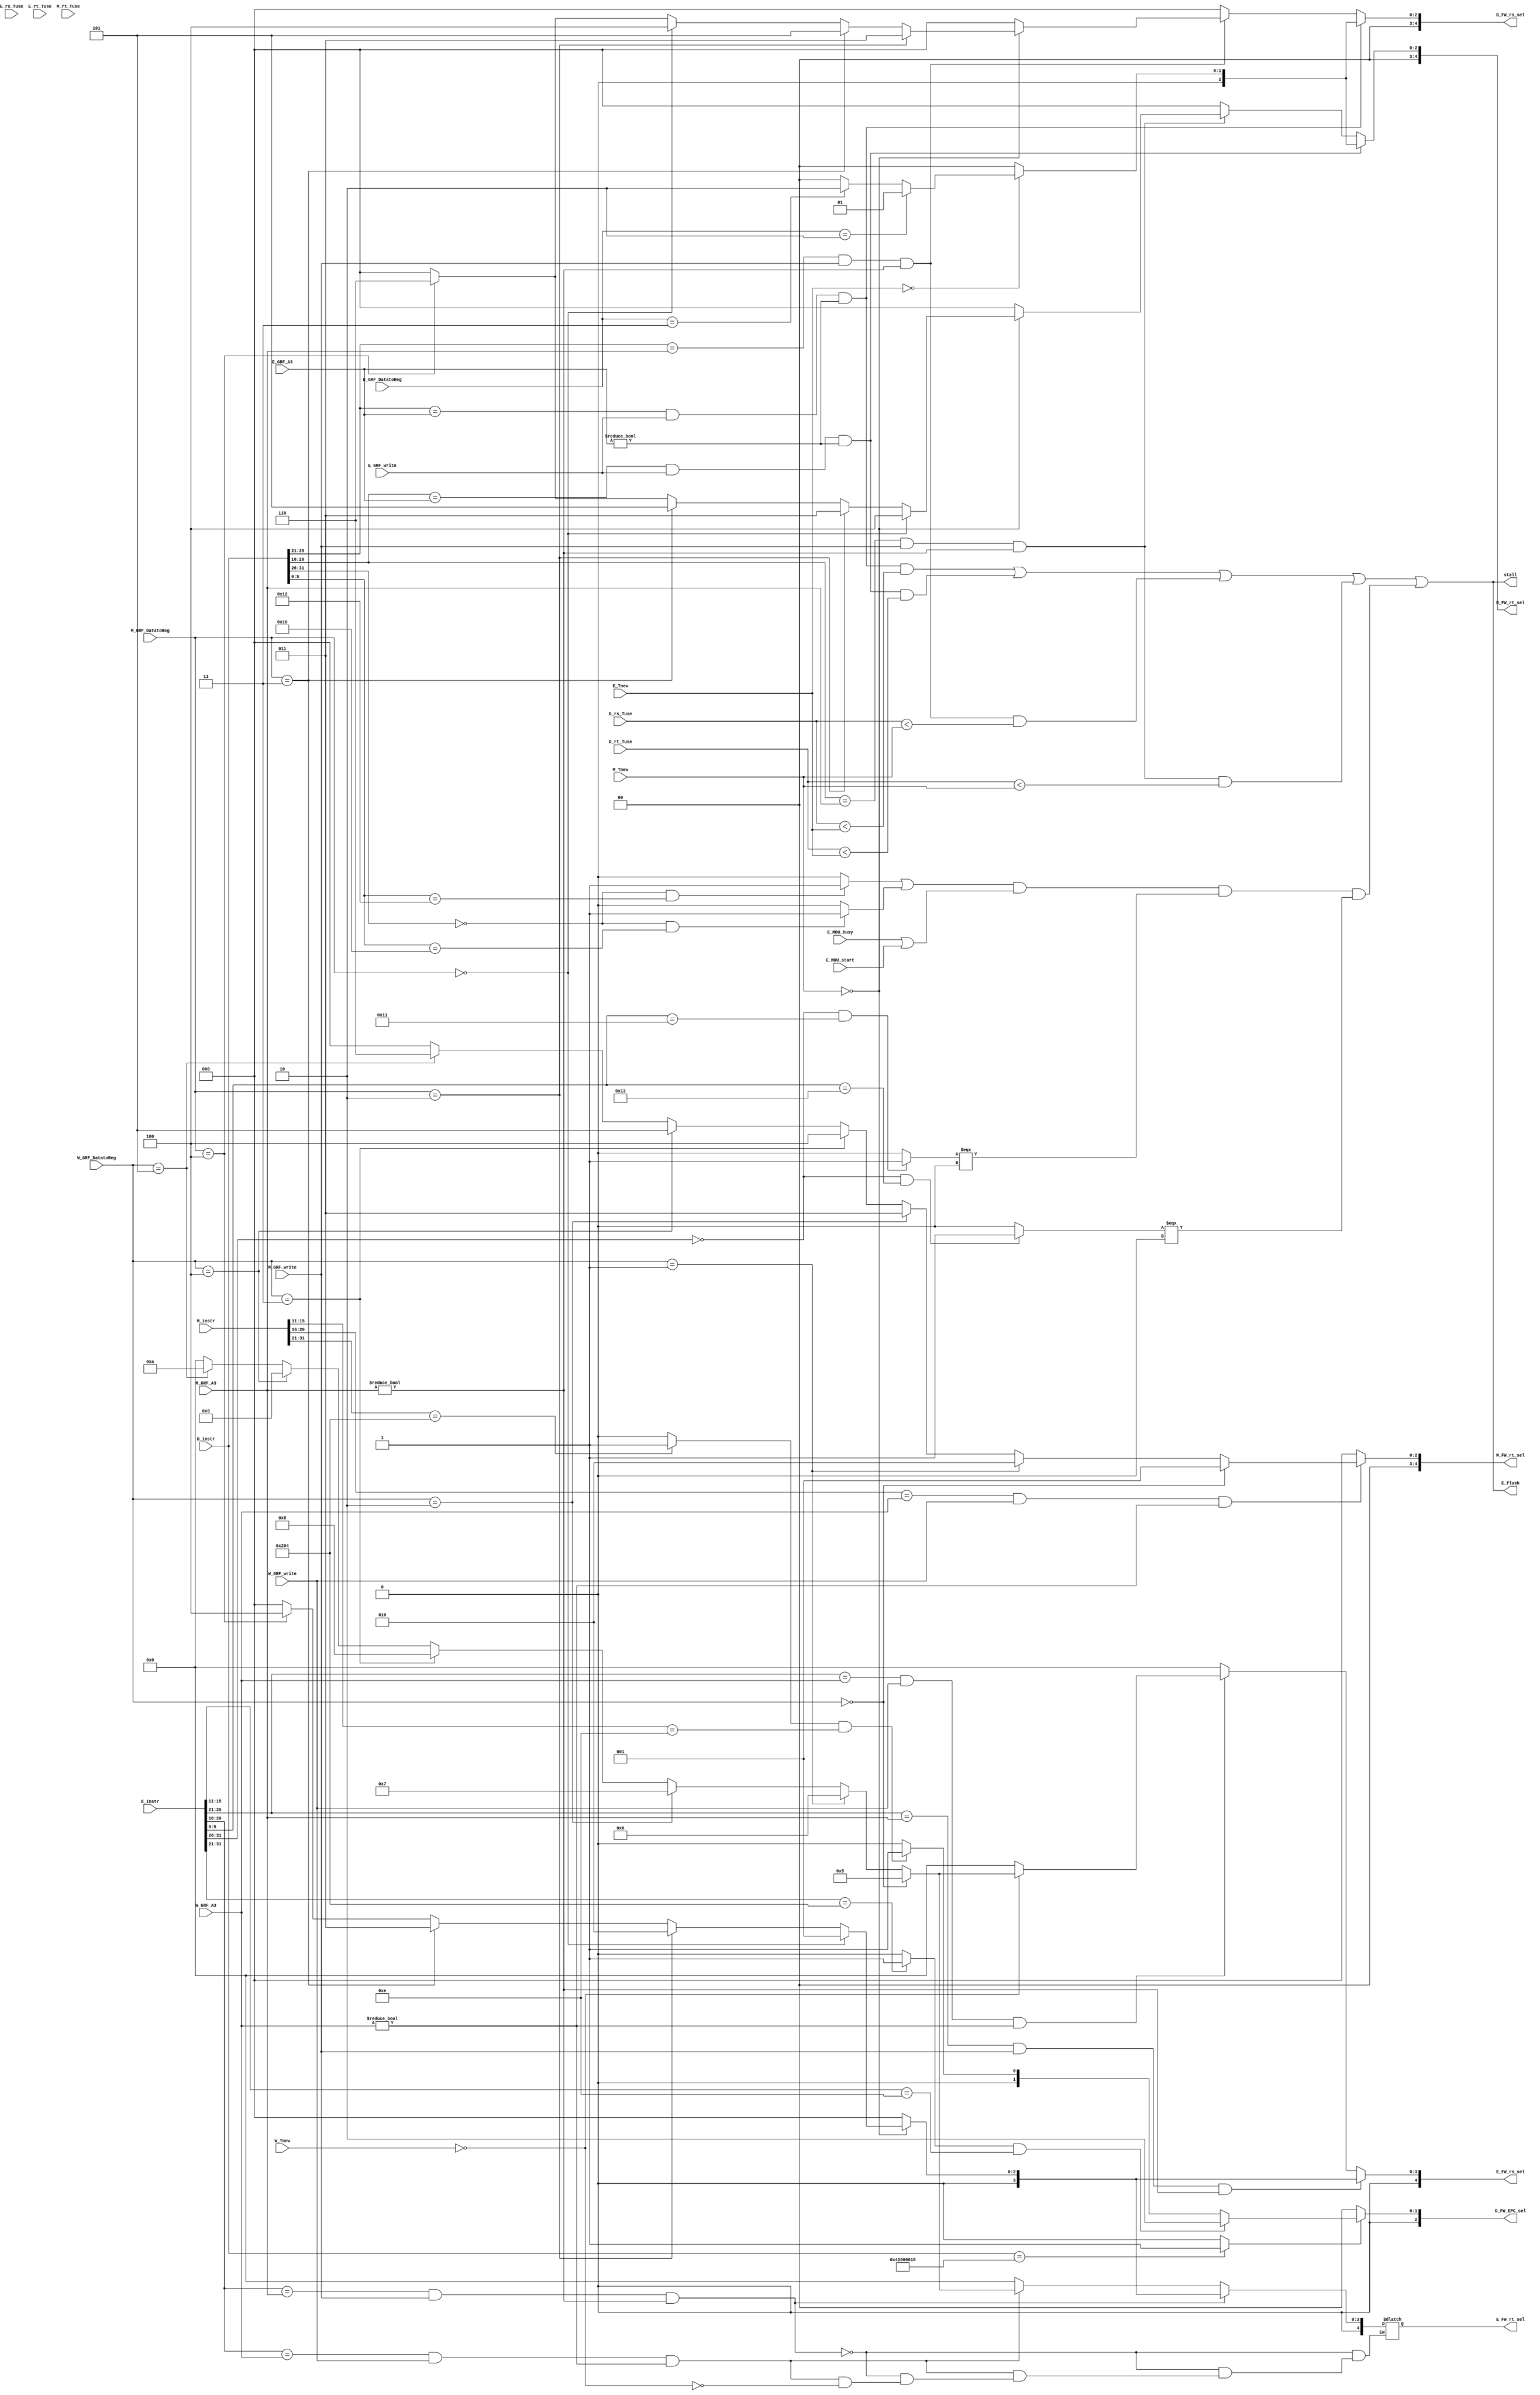
`timescale 1ns / 1ps
//////////////////////////////////////////////////////////////////////////////////
// Company: 
// Engineer: 
// 
// Design Name: 
// Module Name:    HCU 
// Project Name: 
// Target Devices: 
// Tool versions: 
// Description: 
//
// Dependencies: 
//
// Revision: 
// Revision 0.01 - File Created
// Additional Comments: 
//
//////////////////////////////////////////////////////////////////////////////////
module HCU(
    input [31:0] D_instr,
    input [31:0] E_instr,
    input [31:0] M_instr,
	 input [3:0] D_rs_Tuse,
	 input [3:0] D_rt_Tuse,
	 input [3:0] E_rs_Tuse,
	 input [3:0] E_rt_Tuse,
	 input [3:0] E_Tnew,
	 input [3:0] M_rt_Tuse,
	 input [3:0] M_Tnew,
	 input [3:0] W_Tnew,
	 input E_GRF_write,
    input M_GRF_write,
	 input W_GRF_write,
    input [4:0] E_GRF_A3,
    input [4:0] M_GRF_A3,
    input [4:0] W_GRF_A3,
	 input [3:0] M_GRF_DatatoReg,
    input [3:0] E_GRF_DatatoReg,
	 input [3:0] W_GRF_DatatoReg,
	 input E_MDU_busy,
	 input E_MDU_start,
	 output reg [2:0] D_FW_EPC_sel,
	 output reg [4:0] D_FW_rs_sel,
	 output reg [4:0] D_FW_rt_sel,
	 output reg [4:0] E_FW_rs_sel,
	 output reg [4:0] E_FW_rt_sel,
	 output reg [4:0] M_FW_rt_sel,
	 output stall,
	 output E_flush
    );
	 
	 
	 wire D_mflo;
	 wire D_mfhi;
	 wire E_mthi;
	 wire E_mtlo;
	 wire [4:0] D_rs;
	 wire [4:0] D_rt;
	 wire [4:0] E_rs;
	 wire [4:0] E_rt;
	 wire [4:0] M_rt;
	 
	 
	 assign D_rs = D_instr[25:21];
	 assign D_rt = D_instr[20:16];
	 assign E_rs = E_instr[25:21];
	 assign E_rt = E_instr[20:16];
	 assign M_rt = M_instr[20:16];
	 // special judge
	 assign D_mfhi = (D_instr[31:26] == 6'd0 && D_instr[5:0] == 6'b010000) ? 1'b1 : 1'b0;
	 assign D_mflo = (D_instr[31:26] == 6'd0 && D_instr[5:0] == 6'b010010) ? 1'b1 : 1'b0;
	 assign E_mthi = (E_instr[31:26] == 6'd0 && E_instr[5:0] == 6'b010001) ? 1'b1 : 1'b0;
	 assign E_mtlo = (E_instr[31:26] == 6'd0 && E_instr[5:0] == 6'b010011) ? 1'b1 : 1'b0;
	 assign D_eret = (D_instr == 32'b010000_1000_0000_0000_0000_0000_011000) ? 1'b1 : 1'b0;
	 assign E_mtc0 = (E_instr[31:21] == 11'b010000_00100) ? 1'b1 : 1'b0;
	 assign M_mtc0 = (M_instr[31:21] == 11'b010000_00100) ? 1'b1 : 1'b0;
	 
	 // 
	 wire stall_rs_ED;
	 wire stall_rt_ED;
	 wire stall_rs_MD;
	 wire stall_rt_MD;
	 wire stall_MDU;
	 assign stall_rs_ED = (D_rs == E_GRF_A3 && E_GRF_write == 1'b1 && E_GRF_A3 != 5'd0 && D_rs_Tuse < E_Tnew);
	 assign stall_rs_MD = (D_rs == M_GRF_A3 && M_GRF_write == 1'b1 && M_GRF_A3 != 5'd0 && D_rs_Tuse < M_Tnew);
	 assign stall_rt_ED = (D_rt == E_GRF_A3 && E_GRF_write == 1'b1 && E_GRF_A3 != 5'd0 && D_rt_Tuse < E_Tnew);
	 assign stall_rt_MD = (D_rt == M_GRF_A3 && M_GRF_write == 1'b1 && M_GRF_A3 != 5'd0 && D_rt_Tuse < M_Tnew);
	 assign stall_MDU = ((D_mflo == 1'b1 || D_mfhi == 1'b1) && (E_MDU_busy == 1'b1 || E_MDU_start == 1'b1) && E_mthi === 1'b0 && E_mtlo === 1'b0);
	 assign stall = stall_rs_ED || stall_rt_ED || stall_rs_MD || stall_rt_MD || stall_MDU;
	 assign E_flush = stall;
	 
	 
	 // D
	 always @(*) begin
	     // rs
		  if (D_rs == E_GRF_A3 && E_GRF_write == 1'b1 && E_GRF_A3 != 5'd0) begin
		      if (E_Tnew == 4'd0) begin  // 
					 D_FW_rs_sel = (E_GRF_DatatoReg == 4'd2) ? 5'd1 :
                              (E_GRF_DatatoReg == 4'd3) ? 5'd2 :
                                                          5'd0;										
				end else begin                      // 
					 D_FW_rs_sel = 5'd0;
				end
		  end else if (D_rs == M_GRF_A3 && M_GRF_write == 1'b1 && M_GRF_A3 != 5'd0) begin
		      if (M_Tnew == 4'd0) begin  // 
					 D_FW_rs_sel = (M_GRF_DatatoReg == 4'd2) ? 5'd3 :
                              (M_GRF_DatatoReg == 4'd3) ? 5'd5 :
										(M_GRF_DatatoReg == 4'd0) ? 5'd4 :
										(M_GRF_DatatoReg == 4'd4) ? 5'd6 :
                                                          5'd0;										
				end else begin                      // 
					 D_FW_rs_sel = 5'd0;
				end
		  end else begin
				D_FW_rs_sel = 5'd0;
		  end
		  // rt
		  if (D_rt == E_GRF_A3 && E_GRF_write == 1'b1 && E_GRF_A3 != 5'd0) begin
		      if (E_Tnew == 4'd0) begin  // 
					 D_FW_rt_sel = (E_GRF_DatatoReg == 4'd2) ? 5'd1 :
                              (E_GRF_DatatoReg == 4'd3) ? 5'd2 :
                                                          5'd0;										
				end else begin                      // 
					 D_FW_rt_sel = 5'd0;
				end
		  end else if (D_rt == M_GRF_A3 && M_GRF_write == 1'b1 && M_GRF_A3 != 5'd0) begin
		      if (M_Tnew == 4'd0) begin  // 
					 D_FW_rt_sel = (M_GRF_DatatoReg == 4'd0) ? 5'd4 :
                              (M_GRF_DatatoReg == 4'd2) ? 5'd3 :
										(M_GRF_DatatoReg == 4'd3) ? 5'd5 : 
										(M_GRF_DatatoReg == 4'd4) ? 5'd6 :
                                                          5'd0;										
				end else begin                      // 
					 D_FW_rt_sel = 5'd0;
				end
		  end else begin
				D_FW_rt_sel = 5'd0;
		  end
		  
		  // EPC
		  if (D_eret == 1'b1) begin
            D_FW_EPC_sel = (E_mtc0 && (E_instr[15:11] == 5'd14)) ? 3'b010 : 
				               (M_mtc0 && (M_instr[15:11] == 5'd14)) ? 3'b001 :
                           3'b000;									
        end else begin		  
		      D_FW_EPC_sel = 3'd0;
        end		  
	 end
	 
	 //  E 
	 // 00000: keep; 00001: M_ALUout; 00010: M_PC+8; 00011: M_CMP_result; 00100: W_ALUout; 00101: W_DMout; 00110: W_PC+8; 00111: W_CMP_result
	 always @(*) begin
	     // rs
	     if (E_rs == M_GRF_A3 && M_GRF_write == 1'b1 && M_GRF_A3 != 5'd0) begin
		      if (M_Tnew == 4'd0) begin         // 
                E_FW_rs_sel = (M_GRF_DatatoReg == 4'd0) ? 5'd1 :
                              (M_GRF_DatatoReg == 4'd2) ? 5'd2 :
                              (M_GRF_DatatoReg == 4'd3) ? 5'd3 :
										(M_GRF_DatatoReg == 4'd4) ? 5'd4 : 
                                                          5'd0;										
            end else begin                   // 
                E_FW_rs_sel = 5'd0;
            end				
        end else if (E_rs == W_GRF_A3 && W_GRF_write == 1'b1 && W_GRF_A3 != 5'd0) begin
		      if (W_Tnew == 4'd0) begin      // 
				    E_FW_rs_sel = (W_GRF_DatatoReg == 4'd0) ? 5'd5 :
                              (W_GRF_DatatoReg == 4'd1) ? 5'd6 :
                              (W_GRF_DatatoReg == 4'd2) ? 5'd7 : 
                              (W_GRF_DatatoReg == 4'd3) ? 5'd8 :
										(W_GRF_DatatoReg == 4'd4) ? 5'd9 :
										(W_GRF_DatatoReg == 4'd5) ? 5'd10 :
                                                          5'd0;										
				end else begin                 // 
				    E_FW_rs_sel = 5'd0;
				end
		  end else begin
		      E_FW_rs_sel = 5'd0;
		  end
        
		  // rt
		  if (E_rt == M_GRF_A3 && M_GRF_write == 1'b1 && M_GRF_A3 != 5'd0) begin
		      if (M_Tnew == 4'd0) begin         // 
                E_FW_rt_sel = (M_GRF_DatatoReg == 4'd0) ? 5'd1 :
                              (M_GRF_DatatoReg == 4'd2) ? 5'd2 :
                              (M_GRF_DatatoReg == 4'd3) ? 5'd3 :
										(M_GRF_DatatoReg == 4'd4) ? 5'd4 :
                                                          5'd0;										
            end else begin                   // 
                E_FW_rt_sel = 5'd0;
            end				
		  end else if (E_rt == W_GRF_A3 && W_GRF_write == 1'b1 && W_GRF_A3 != 5'd0) begin
		      if (W_Tnew == 4'd0) begin        // 
				    E_FW_rt_sel = (W_GRF_DatatoReg == 4'd0) ? 5'd5 :
                              (W_GRF_DatatoReg == 4'd1) ? 5'd6 :
                              (W_GRF_DatatoReg == 4'd2) ? 5'd7 : 
                              (W_GRF_DatatoReg == 4'd3) ? 5'd8 :
										(W_GRF_DatatoReg == 4'd4) ? 5'd9 :
										(W_GRF_DatatoReg == 4'd5) ? 5'd10 :
                                                          5'd0;
				end
		  end else begin
		      E_FW_rt_sel = 5'd0;
		  end
	 end
	 
	 //  M 
    // 00000: keep; 00001: W_ALUout; 00010: W_DMout; 00011: W_PC+8; 00100: W_CMP_result
    always @(*) begin
        // rt
		  if (M_rt == W_GRF_A3 && W_GRF_write == 1'b1 && W_GRF_A3 != 5'd0) begin 
		      M_FW_rt_sel = (W_GRF_DatatoReg == 4'd0) ? 5'd1 :
				              (W_GRF_DatatoReg == 4'd1) ? 5'd2 :
								  (W_GRF_DatatoReg == 4'd2) ? 5'd3 :
								  (W_GRF_DatatoReg == 4'd3) ? 5'd4 :
								  (W_GRF_DatatoReg == 4'd4) ? 5'd5 :
								  (W_GRF_DatatoReg == 4'd5) ? 5'd6 :
								                              5'd0;
		  end else begin
		      M_FW_rt_sel = 5'd0;
		  end
    end	 

endmodule